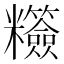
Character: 䊴